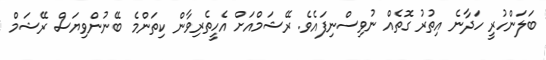
ބަލަންހުރީ ހަދާނެ އިތުރު ގޮތެއް ނުވިސްނިފައެވެ. ރޭޝަމްއަށް އެހީތެރިވާން ކިތަންމެ ބޭނުންވިޔަސް ރޭޝަމް